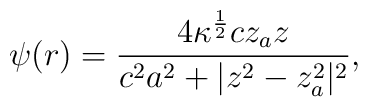
\psi(r)={ 4\kappa^{{1\over 2}}c  z_a z \over c^2a^2 +|z^2-z_a^2|^2},